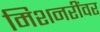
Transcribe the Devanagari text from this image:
मिशनरींवर